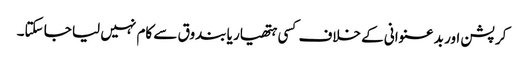
کرپشن اور بد عنوانی کے خلاف کسی ہتھیار یا بندوق سے کام نہیں لیا جا سکتا۔